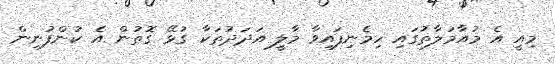
މިއީ އެ މުއާމަލާތުގައި ހިމެނިފައިވާ މާލީ އަދަދުތަކާ ގުޅޭ ގޮތުން އެ ކުންފުނިން